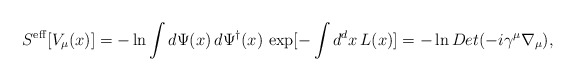
\begin{align*}S^{\rm eff}[V_\mu (x)] = -\ln \int d\Psi(x) \,d\Psi^\dagger(x)\,\exp[-\int d^d x \,L(x)] = -\ln Det (-i\gamma^\mu\nabla_\mu) ,\end{align*}